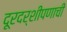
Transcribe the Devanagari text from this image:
दूरदर्शीपणाची